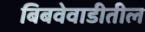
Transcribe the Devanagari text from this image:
बिबवेवाडीतील